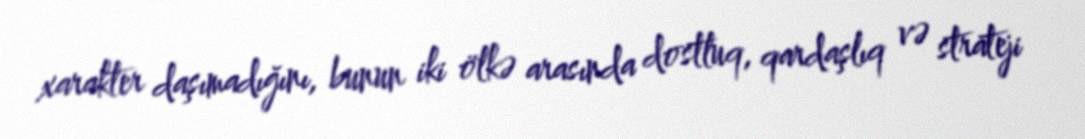
xarakter daşımadığını, bunun iki ölkə arasında dostluq, qardaşlıq və strateji